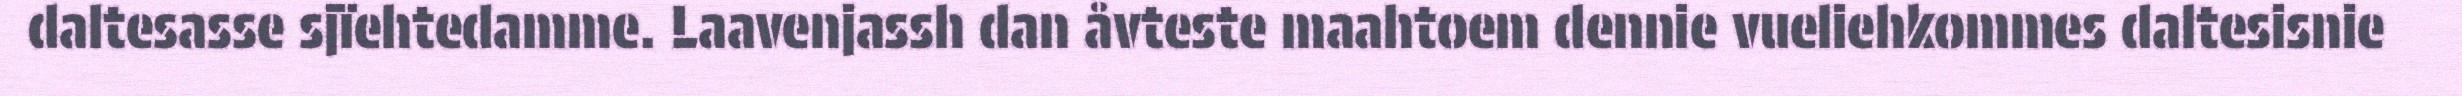
daltesasse sjïehtedamme. Laavenjassh dan åvteste maahtoem dennie vueliehkommes daltesisnie